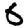
Digit: 6